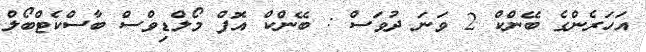
އަހަރެންގެ ބޭންކް 2 ވަނަ ދުވަސް : ބޭންކް އޮފް މޯލްޑިވްސް ބާސްކެޓްބޯލް